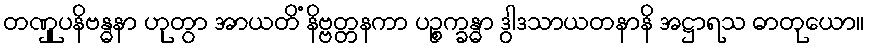
တဏှူပနိဗန္ဓနာ ဟုတွာ အာယတိံ နိဗ္ဗတ္တနကာ ပဉ္စက္ခန္ဓာ ဒွါဒသာယတနာနိ အဋ္ဌာရသ ဓာတုယော။